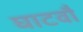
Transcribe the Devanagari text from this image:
घाटवौ